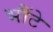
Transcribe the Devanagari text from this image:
भौंटे